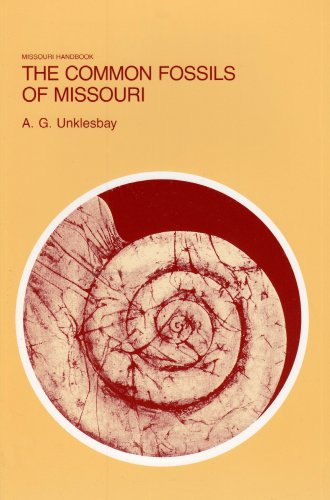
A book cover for The Common Fossils of Missouri (Missouri Handbook); A. G. Unklesbay; Science & Math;